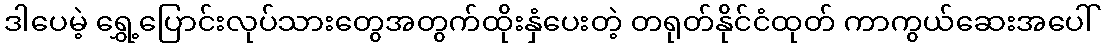
ဒါပေမဲ့ ရွှေ့ပြောင်းလုပ်သားတွေအတွက်ထိုးနှံပေးတဲ့ တရုတ်နိုင်ငံထုတ် ကာကွယ်ဆေးအပေါ်